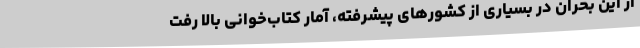
از این بحران در بسیاری از کشورهای پیشرفته، آمار کتاب‌خوانی بالا رفت